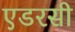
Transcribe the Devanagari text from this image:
एडरसी